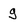
Character: g